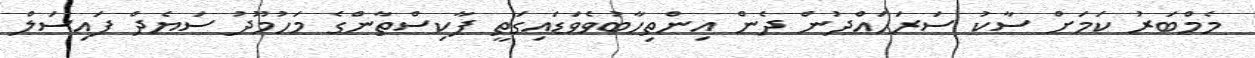
މެމްބަރު ކަމަށް ސާކު ސަރަހައްދުން ދެން އިންތިހާބުވެވަޑައިގަތީ ޕާކިސްތާންގެ މަހުމޫދު ސަޔެދް ފައިސަލް